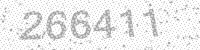
Solution: 266411